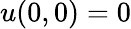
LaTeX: u(0,0)=0